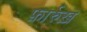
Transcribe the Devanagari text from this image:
फ़ार्रुख़